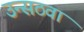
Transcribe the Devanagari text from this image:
उन्सठवां